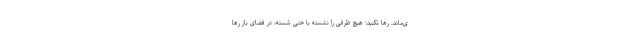
ی‌ماند. رها نکنید: هیچ ظرفی را نشسته یا حتی شسته، در فضای باز رها